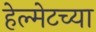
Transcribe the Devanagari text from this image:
हेल्मेटच्या